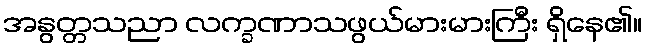
အနွတ္တသညာ လက္ခဏာသဖွယ်မားမားကြီး ရှိနေ၏။